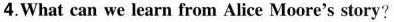
4.What can we learn from Alice Moore's story?